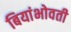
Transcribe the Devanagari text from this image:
बियांभोवती